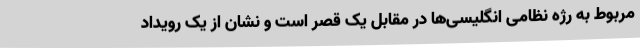
مربوط به رژه نظامی انگلیسی‌ها در مقابل یک قصر است و نشان از یک رویداد